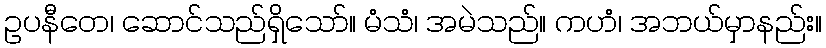
ဥပနီတေ၊ ဆောင်သည်ရှိသော်။ မံသံ၊ အမဲသည်။ ကဟံ၊ အဘယ်မှာနည်း။